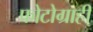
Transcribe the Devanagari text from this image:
फोटोग्राही